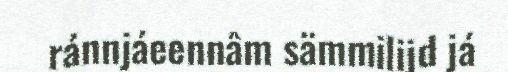
ránnjáeennâm sämmilijd já